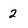
Character: 2